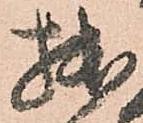
拙